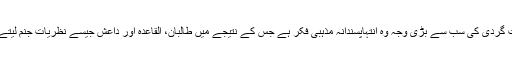
دہشت گردی کی سب سے بڑی وجہ وہ انتہاپسندانہ مذہبی فکر ہے جس کے نتیجے میں طالبان، القاعدہ اور داعش جیسے نظریات جنم لیتے ہیں۔